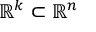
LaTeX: \mathbb { R } ^ { k } \subset \mathbb { R } ^ { n }